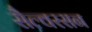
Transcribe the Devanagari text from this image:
सैल्वरसन